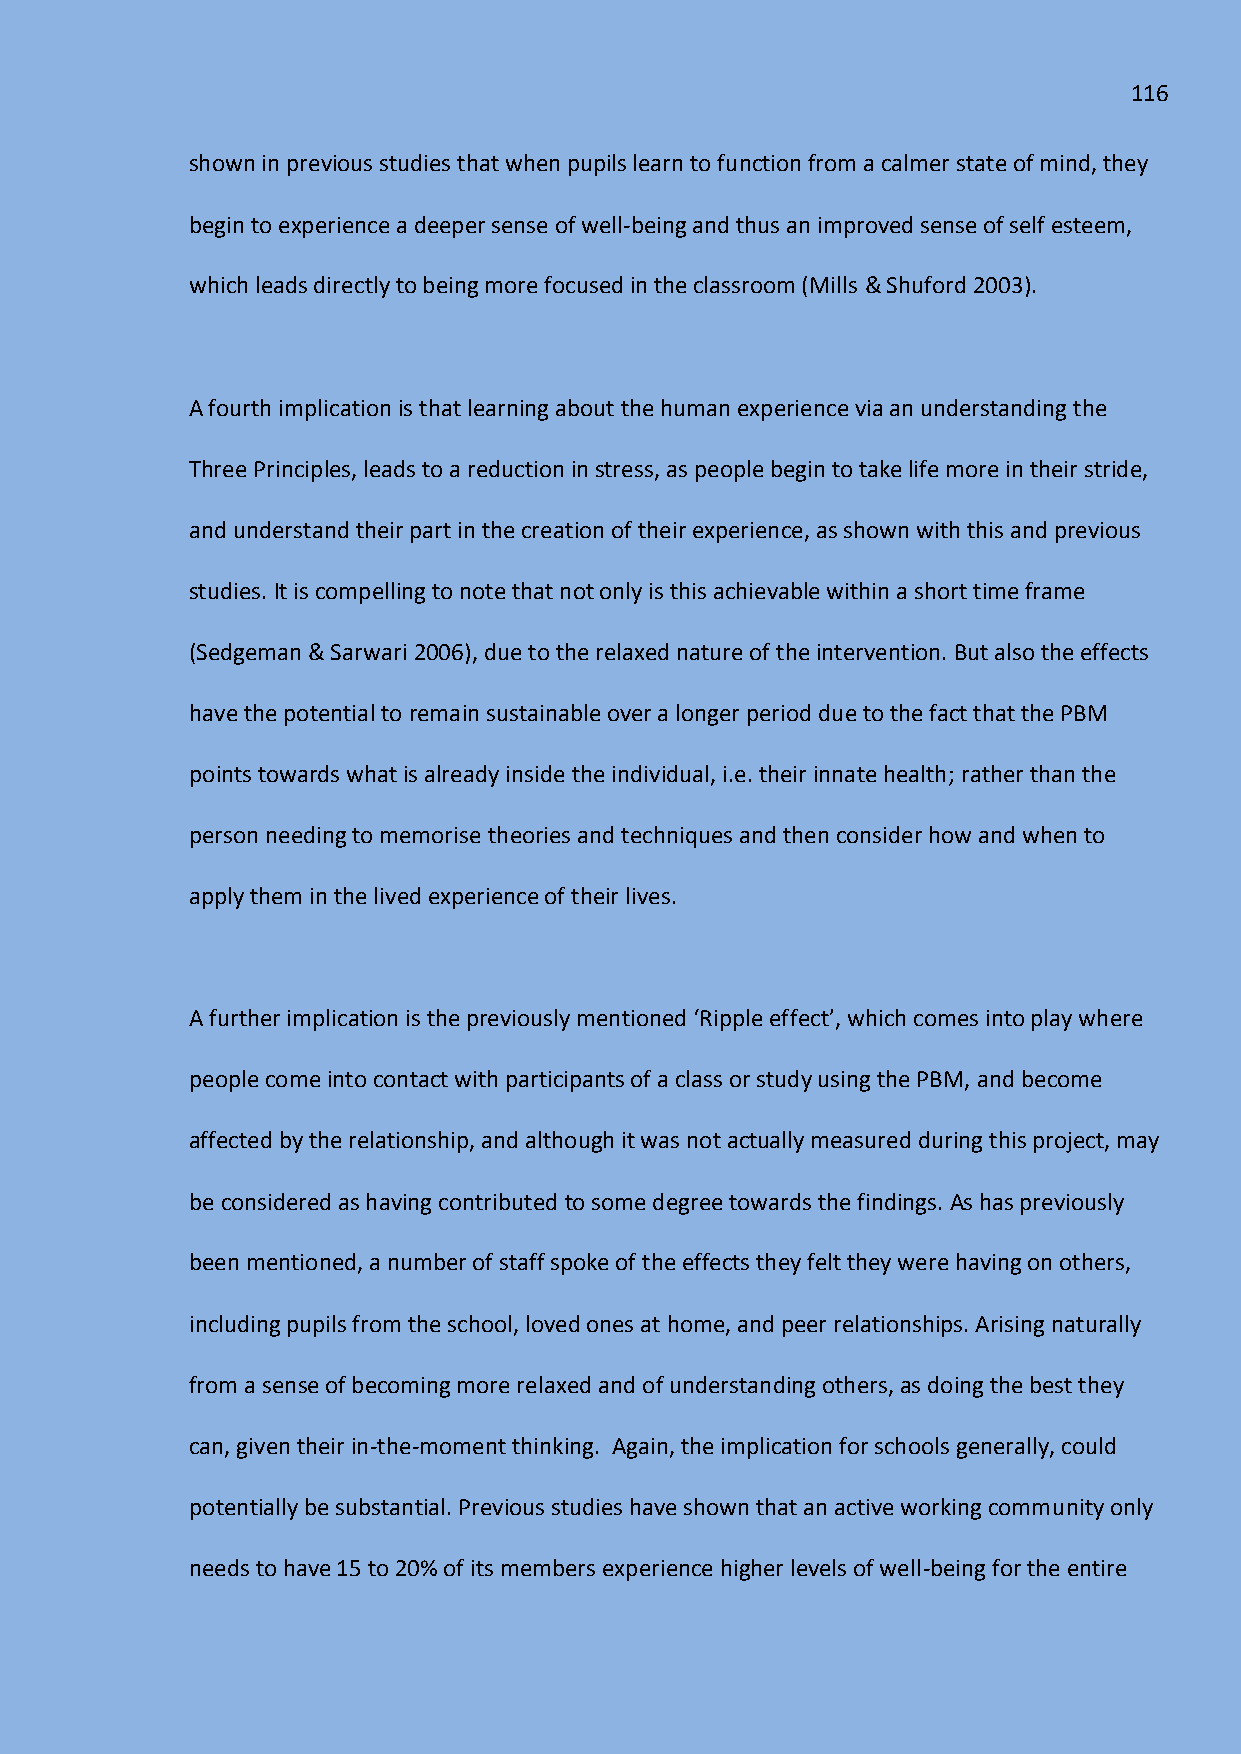
116
 shown in previous studies that when pupils learn to function from a calmer state of mind, they
 begin to experience a deeper sense of well-being and thus an improved sense of self esteem,
 which leads directly to being more focused in the classroom (Mills & Shuford 2003).
 A fourth implication is that learning about the human experience via an understanding the
 Three Principles, leads to a reduction in stress, as people begin to take life more in their stride,
 and understand their part in the creation of their experience, as shown with this and previous
 studies. It is compelling to note that not only is this achievable within a short time frame
 (Sedgeman & Sarwari 2006), due to the relaxed nature of the intervention. But also the effects
 have the potential to remain sustainable over a longer period due to the fact that the PBM
 points towards what is already inside the individual, i.e. their innate health; rather than the
 person needing to memorise theories and techniques and then consider how and when to
 apply them in the lived experience of their lives.
 A further implication is the previously mentioned ‘Ripple effect’, which comes into play where
 people come into contact with participants of a class or study using the PBM, and become
 affected by the relationship, and although it was not actually measured during this project, may
 be considered as having contributed to some degree towards the findings. As has previously
 been mentioned, a number of staff spoke of the effects they felt they were having on others,
 including pupils from the school, loved ones at home, and peer relationships. Arising naturally
 from a sense of becoming more relaxed and of understanding others, as doing the best they
 can, given their in-the-moment thinking. Again, the implication for schools generally, could
 potentially be substantial. Previous studies have shown that an active working community only
 needs to have 15 to 20% of its members experience higher levels of well-being for the entire